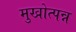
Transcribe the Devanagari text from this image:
मुखोत्पन्न